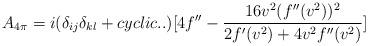
LaTeX: \begin{align*}A_{4\pi}=i(\delta_{ij}\delta_{kl}+cyclic..)[4 f^{\prime\prime}-{16 v^2 (f^{\prime\prime}(v^2))^2\over {2 f^{\prime}(v^2) + 4v^2 f^{\prime\prime}(v^2)}}]\end{align*}